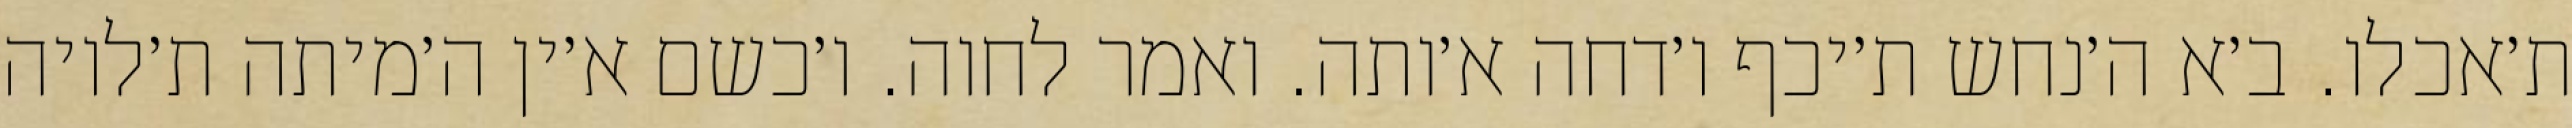
ת׳אכלו. ב׳א ה׳נחש ת׳יכף ו׳דחה א׳ותה. ואמר לחוה. ו׳כשם א׳ין ה׳מיתה ת׳לויה